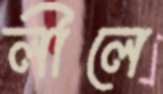
লীলে